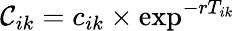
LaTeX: \mathcal{C}_{ik}=c_{ik}\times\exp^{-rT_{ik}}